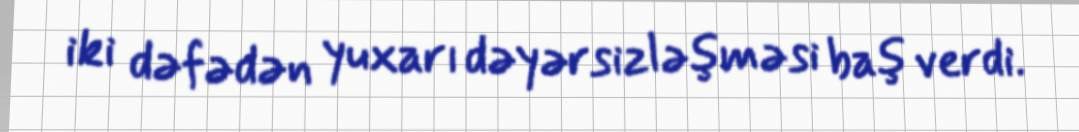
iki dəfədən yuxarı dəyərsizləşməsi baş verdi.